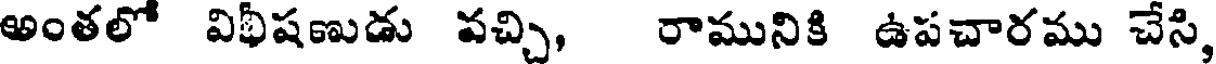
అంతలో విభీషణుడు వచ్చి, రామునికి ఉపచారము చేసి,